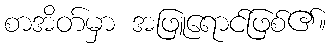
စာအိတ်မှာ အဖြူရောင်ဖြစ်၏။